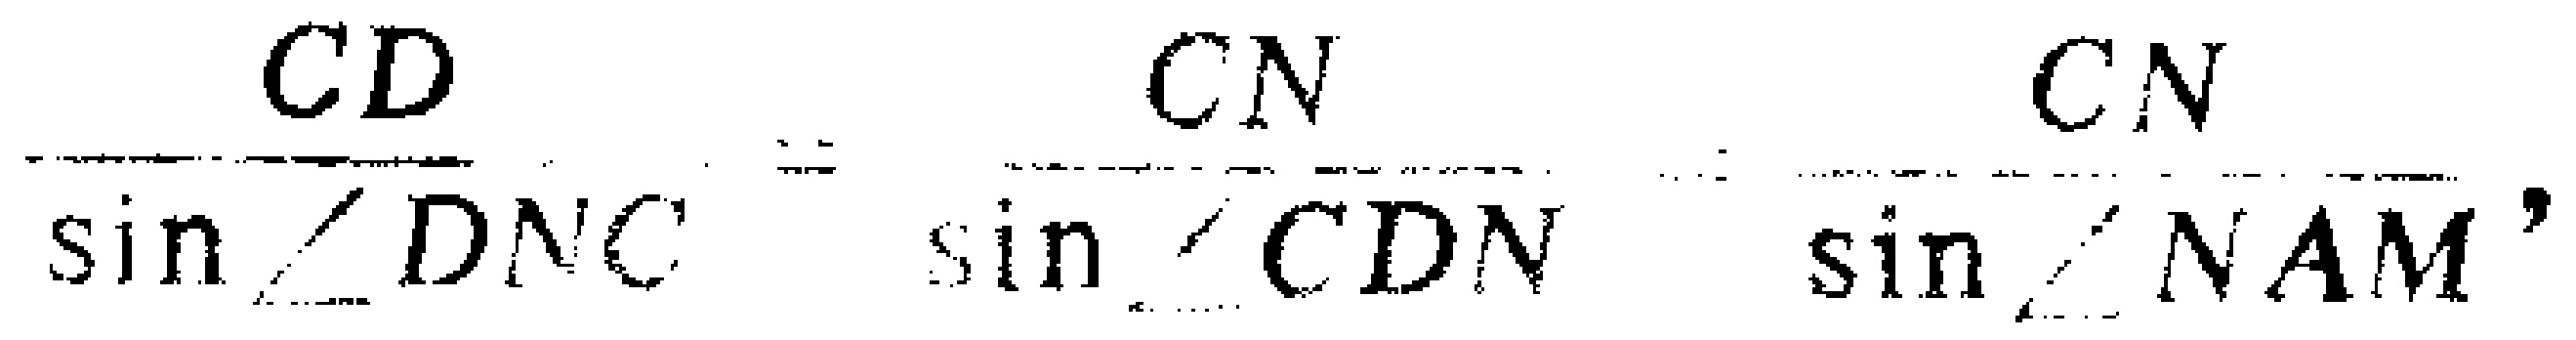
\(\frac{CD}{\sin\angle DNC}=\frac{CN}{\sin\angle CDN}=\frac{CN}{\sin\angle NAM}\)